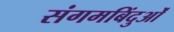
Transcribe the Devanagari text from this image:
संगमबिंदुओं